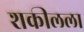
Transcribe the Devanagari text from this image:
शकीलला